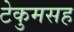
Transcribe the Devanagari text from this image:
टेकुमसह